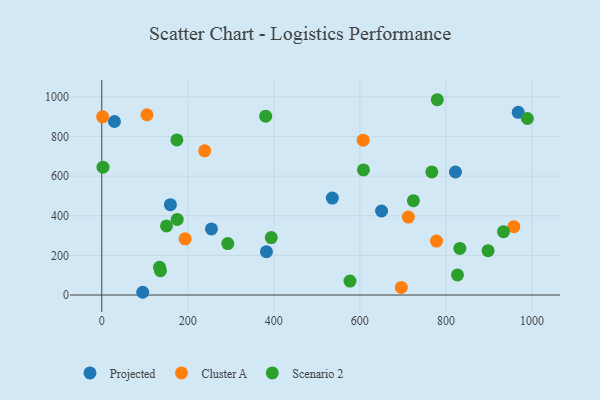
{"axis": {"x": "Investment", "y": "Rating"}, "legend": ["Cluster A", "Projected", "Scenario 2"], "data": [{"x": "650.4", "y": 424.3, "type": "Projected"}, {"x": "159.6", "y": 456.3, "type": "Projected"}, {"x": "255.0", "y": 333.8, "type": "Projected"}, {"x": "968.1", "y": 922.1, "type": "Projected"}, {"x": "29.5", "y": 876.1, "type": "Projected"}, {"x": "822.2", "y": 621.1, "type": "Projected"}, {"x": "95.3", "y": 13.9, "type": "Projected"}, {"x": "382.8", "y": 219.0, "type": "Projected"}, {"x": "536.0", "y": 489.4, "type": "Projected"}, {"x": "193.8", "y": 283.7, "type": "Cluster A"}, {"x": "696.4", "y": 38.6, "type": "Cluster A"}, {"x": "105.2", "y": 910.0, "type": "Cluster A"}, {"x": "712.7", "y": 393.7, "type": "Cluster A"}, {"x": "958.0", "y": 344.8, "type": "Cluster A"}, {"x": "2.0", "y": 899.8, "type": "Cluster A"}, {"x": "607.6", "y": 781.7, "type": "Cluster A"}, {"x": "778.2", "y": 272.2, "type": "Cluster A"}, {"x": "239.3", "y": 727.8, "type": "Cluster A"}, {"x": "174.6", "y": 783.2, "type": "Scenario 2"}, {"x": "577.0", "y": 70.5, "type": "Scenario 2"}, {"x": "134.3", "y": 139.7, "type": "Scenario 2"}, {"x": "767.3", "y": 621.5, "type": "Scenario 2"}, {"x": "175.4", "y": 381.9, "type": "Scenario 2"}, {"x": "724.4", "y": 476.5, "type": "Scenario 2"}, {"x": "826.9", "y": 101.4, "type": "Scenario 2"}, {"x": "293.0", "y": 259.7, "type": "Scenario 2"}, {"x": "989.4", "y": 891.1, "type": "Scenario 2"}, {"x": "136.4", "y": 123.1, "type": "Scenario 2"}, {"x": "150.5", "y": 348.9, "type": "Scenario 2"}, {"x": "381.0", "y": 902.8, "type": "Scenario 2"}, {"x": "933.9", "y": 319.8, "type": "Scenario 2"}, {"x": "898.0", "y": 223.7, "type": "Scenario 2"}, {"x": "780.0", "y": 985.9, "type": "Scenario 2"}, {"x": "2.9", "y": 645.6, "type": "Scenario 2"}, {"x": "832.4", "y": 235.2, "type": "Scenario 2"}, {"x": "608.3", "y": 631.5, "type": "Scenario 2"}, {"x": "394.0", "y": 290.0, "type": "Scenario 2"}]}